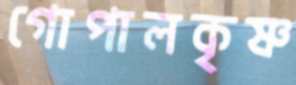
গোপালকৃষ্ণ